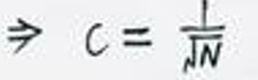
\[
\Rightarrow c = \frac{1}{\sqrt{N}}
\]